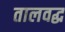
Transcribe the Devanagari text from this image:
तालवद्ध